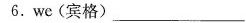
6.we(宾格)___